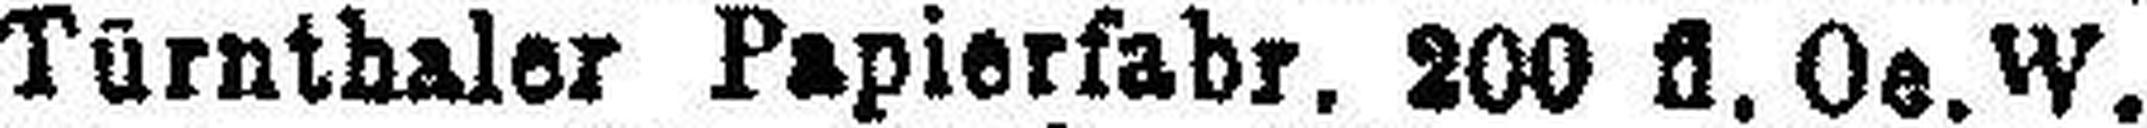
Türnthaler Papierfahr. 200 fl. Oe. W.